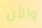
والأن